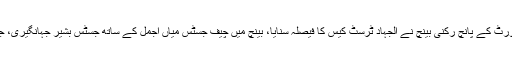
28 مئی 1999ء کو اس وقت کے چیف جسٹس میاں اجمل کی سربراہی میں سپریم کورٹ کے پانچ رکنی بینچ نے الجہاد ٹرسٹ کیس کا فیصلہ سنایا، بینچ میں چیف جسٹس میاں اجمل کے ساتھ جسٹس بشیر جہانگیری، جسٹس میمن قاضی، جسٹس چوہدری محمد عارف اور جسٹس منیر اے شیخ شامل تھے۔